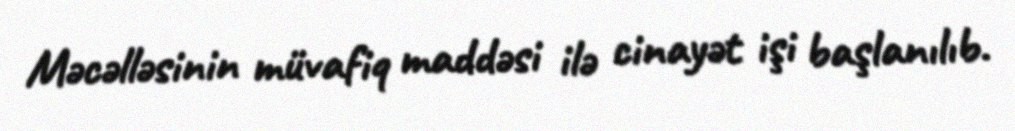
Məcəlləsinin müvafiq maddəsi ilə cinayət işi başlanılıb.